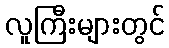
လူကြီးများတွင်